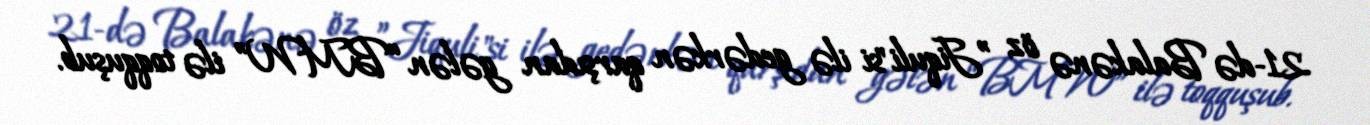
21-də Balakənə öz ”Jiquli"si ilə gedərkən qarşıdan gələn “BMW” ilə toqquşub.